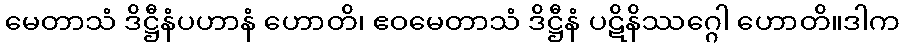
မေတာသံ ဒိဋ္ဌီနံပဟာနံ ဟောတိ၊ ဧဝမေတာသံ ဒိဋ္ဌီနံ ပဋိနိဿဂ္ဂေါ ဟောတိ။ဒါက